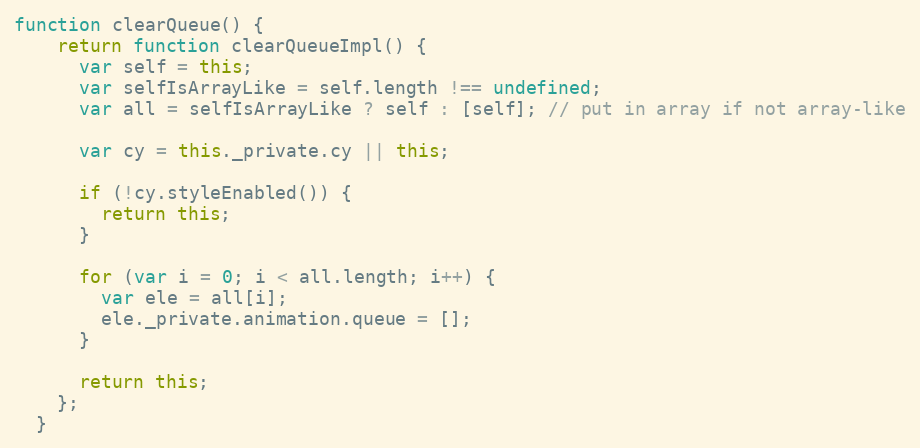
Language: JavaScript
function clearQueue() {
    return function clearQueueImpl() {
      var self = this;
      var selfIsArrayLike = self.length !== undefined;
      var all = selfIsArrayLike ? self : [self]; // put in array if not array-like

      var cy = this._private.cy || this;

      if (!cy.styleEnabled()) {
        return this;
      }

      for (var i = 0; i < all.length; i++) {
        var ele = all[i];
        ele._private.animation.queue = [];
      }

      return this;
    };
  }